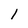
Character: l